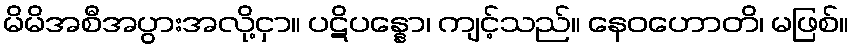
မိမိအစီအပွားအလို့ငှာ။ ပဋိပန္နော၊ ကျင့်သည်။ နေဝဟောတိ၊ မဖြစ်။